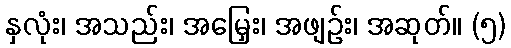
နှလုံး၊ အသည်း၊ အမြှေး၊ အဖျဉ်း၊ အဆုတ်။ (၅)